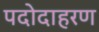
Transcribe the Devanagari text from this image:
पदोदाहरण